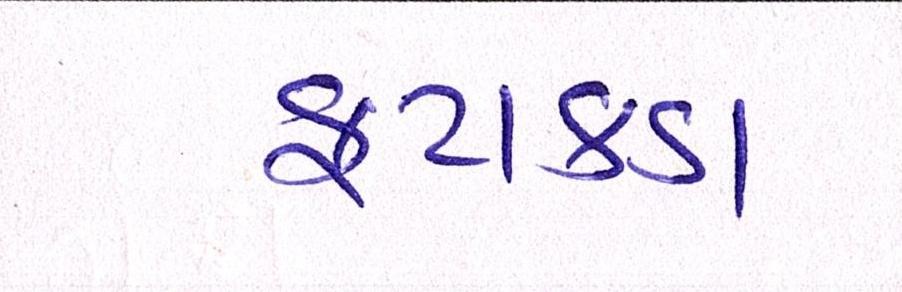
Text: ફટાકડા